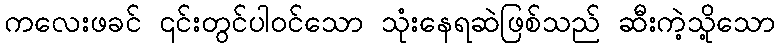
ကလေးဖခင် ၎င်းတွင်ပါဝင်သော သုံးနေရဆဲဖြစ်သည် ဆီးကဲ့သို့သော